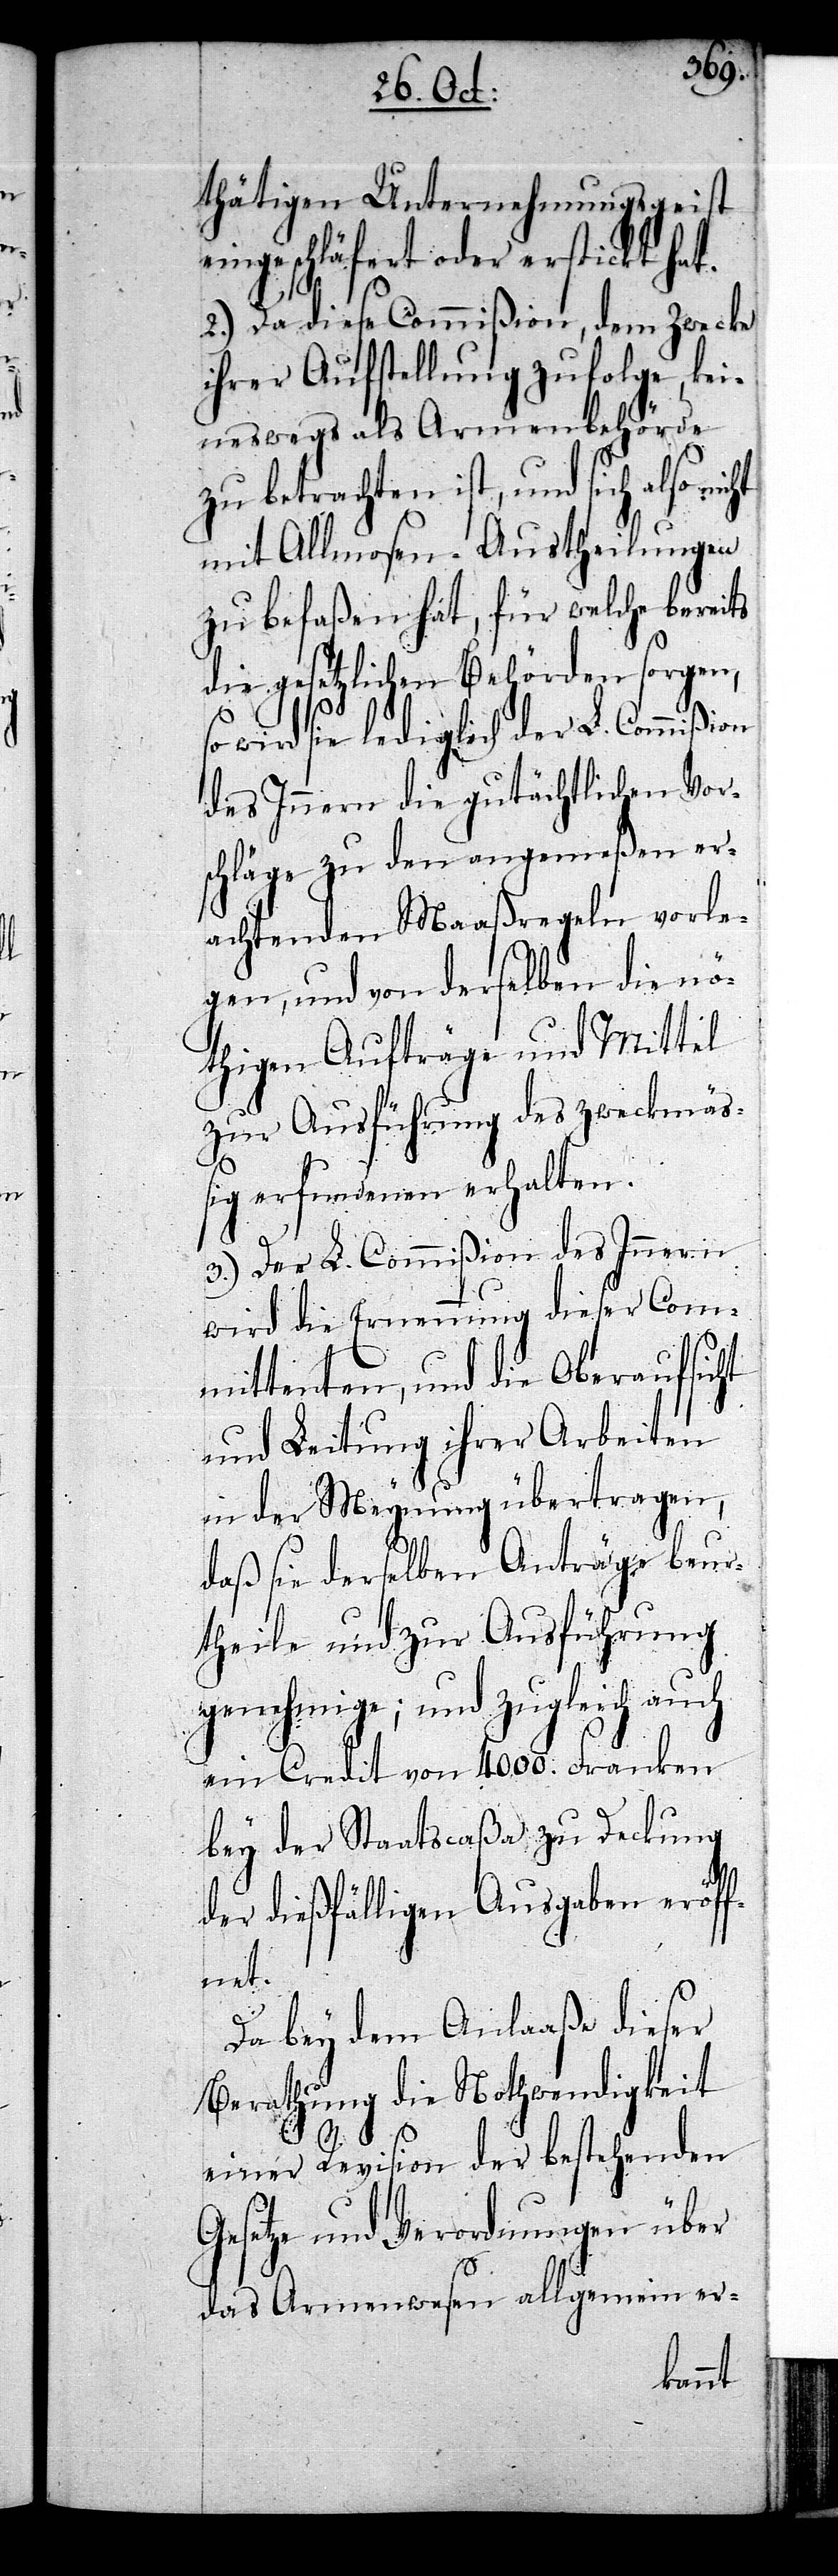
thätigen Unternehmungsgeist
eingeschläfert oder erstickt hat.
ht
2.) Da diese Commißion, dem Zwecke
ihrer Aufstellung zufolge, kei¬
neswegs als Armenbehörde
zu betrachten ist, und sich also nic¬
mit Allmosen-Austheilungen
zu befaßen hat, für welche bereits
die gesetzlichen Behörden sorgen,
so wird sie lediglich der L. Commißion
des Innern die gutächtlichen Vor¬
schläge zu den angemeßen er¬
achtenden Maaßregeln vorle¬
gen, und von derselben die nö¬
thigen Aufträge und Mittel
zur Ausführung des zweckmäß¬
ig erfundenen erhalten.
3.) Der L. Commißion des Innern
wird die Ernennung dieser Com¬
mittenden, und die Oberaufsicht
und Leitung ihrer Arbeiten
in der Meynung übertragen,
daß sie derselben Anträge beur¬
theile und zur Ausführung
genehmige; und zugleich auch
ein Credit von 4000. Franken
bey der Staatscaßa zu Deckung
der dießfälligen Ausgaben eröff¬
net.
Da bey dem Anlaaße dieser
Berathung die Nothwendigkeit
einer Revision der bestehenden
Gesetze und Verordnungen über
das Armenwesen allgemein er-